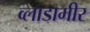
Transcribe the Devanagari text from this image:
व्लाडामीर